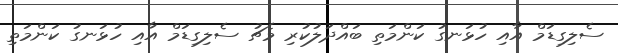
ސެލިގިޑަމް އާއި ހުޅަނގު ކަންމަތި ބައްދަލުކުރި މެޗު ސެލިގިޑަމް އާއި ހުޅަނގު ކަންމަތި